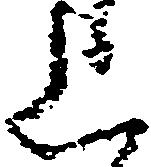
上